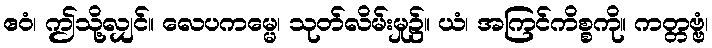
ဧဝံ၊ ဤသို့လျှင်။ လေပကမ္မေ၊ သုတ်လိမ်းမှု၌။ ယံ၊ အကြင်ကိစ္စကို။ ကတ္တဗ္ဗံ၊